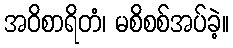
အဝိစာရိတံ၊ မစိစစ်အပ်ခဲ့။